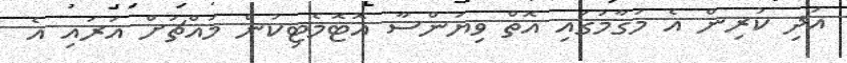
އަދި ކުރިން އެ މަގާމުގައި އޮތް ވިޔަންސާ އޮޓޮމެޓިކުން މައްޗަށް އަރައި އެ